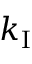
k _ { \mathrm { I } }